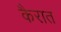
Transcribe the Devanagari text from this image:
कैरात